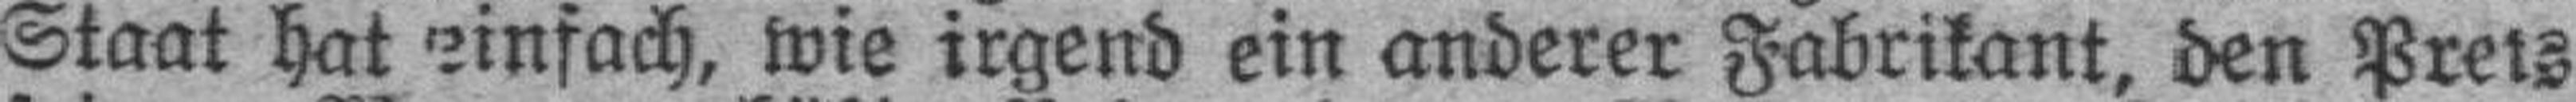
Staat hat einfach, wie irgend ein anderer Fabrikant, den Preis